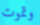
وتموت